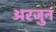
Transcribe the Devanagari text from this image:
अरजुन